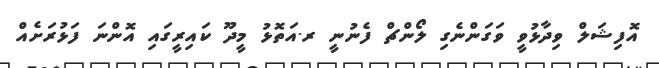
އޮފިޝަލް ވިދާޅުވީ ވަގަންނެގި ލޯންޗް ފެނުނީ ރ.އަތޮޅު މީދޫ ކައިރީގައި އޮންނަ ފަޅުރަށެއް